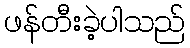
ဖန်တီးခဲ့ပါသည်